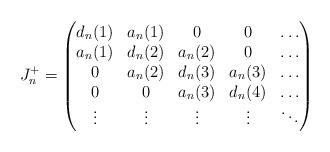
LaTeX: \begin{align*}J_n^+=\begin{pmatrix} d_n(1) & a_n(1) &0& 0 &\dots\\ a_n(1) & d_n(2) & a_n(2) &0& \dots\\ 0 & a_n(2) & d_n(3) & a_n(3) &\dots\\ 0 &0& a_n(3) & d_n(4) &\dots\\ \vdots &\vdots&\vdots&\vdots&\ddots \end{pmatrix} \end{align*}